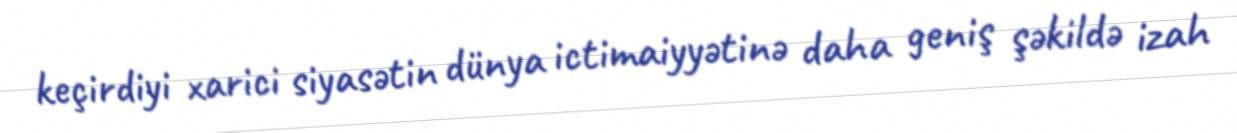
keçirdiyi xarici siyasətin dünya ictimaiyyətinə daha geniş şəkildə izah